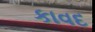
કાવદ